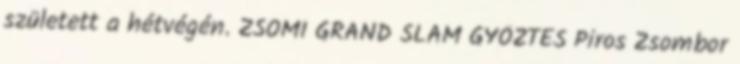
született a hétvégén. ZSOMI GRAND SLAM GYŐZTES Piros Zsombor